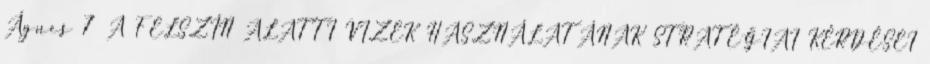
Ágnes 7 A FELSZÍN ALATTI VIZEK HASZNÁLATÁNAK STRATÉGIAI KÉRDÉSEI